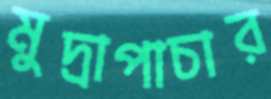
মুদ্রাপাচার